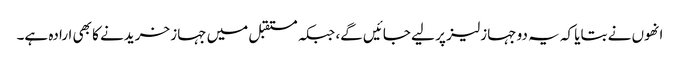
انھوں نے بتایا کہ یہ دو جہاز لیز پر لیے جائیں گے، جبکہ مستقبل میں جہاز خریدنے کا بھی ارادہ ہے۔